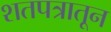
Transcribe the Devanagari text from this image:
शतपत्रातून